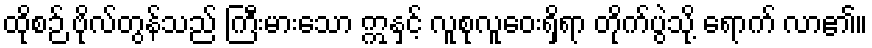
ထိုစဉ် ဗိုလ်တွန်သည် ကြီးမားသော ဣနှင့် လူစုလူဝေးရှိရာ တိုက်ပွဲသို့ ရောက် လာ၏။